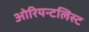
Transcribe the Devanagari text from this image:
ओरियन्टलिस्ट